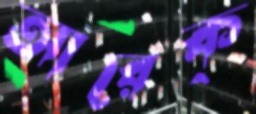
আরেক্